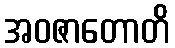
အဝဇာတောတိ